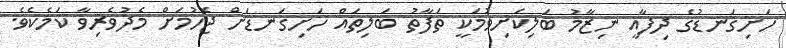
ހަށިގަނޑުގެ ދިފާއީ ނިޒާމު ބަލިކަށިވުމަކީ ތަފާތު ބަލިތައް ހަށިގަނޑަށް ޖެހުމަށް މެދުވެރިވާ ކަމެކެވެ.